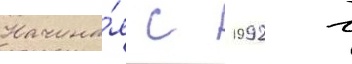
Начина́я с 1992 г